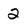
Character: 2